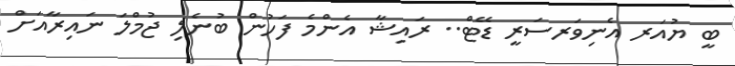
ބީ ޔުއަރ އެނިވަރސަރީ ޑޭޓް.. ރައިޝާ އެންމެ ފަހުން ބުނެލި ޖުމްލަ ނައިރާއަށް